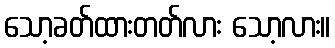
သော့ခတ်ထားတတ်လား သော့လား။